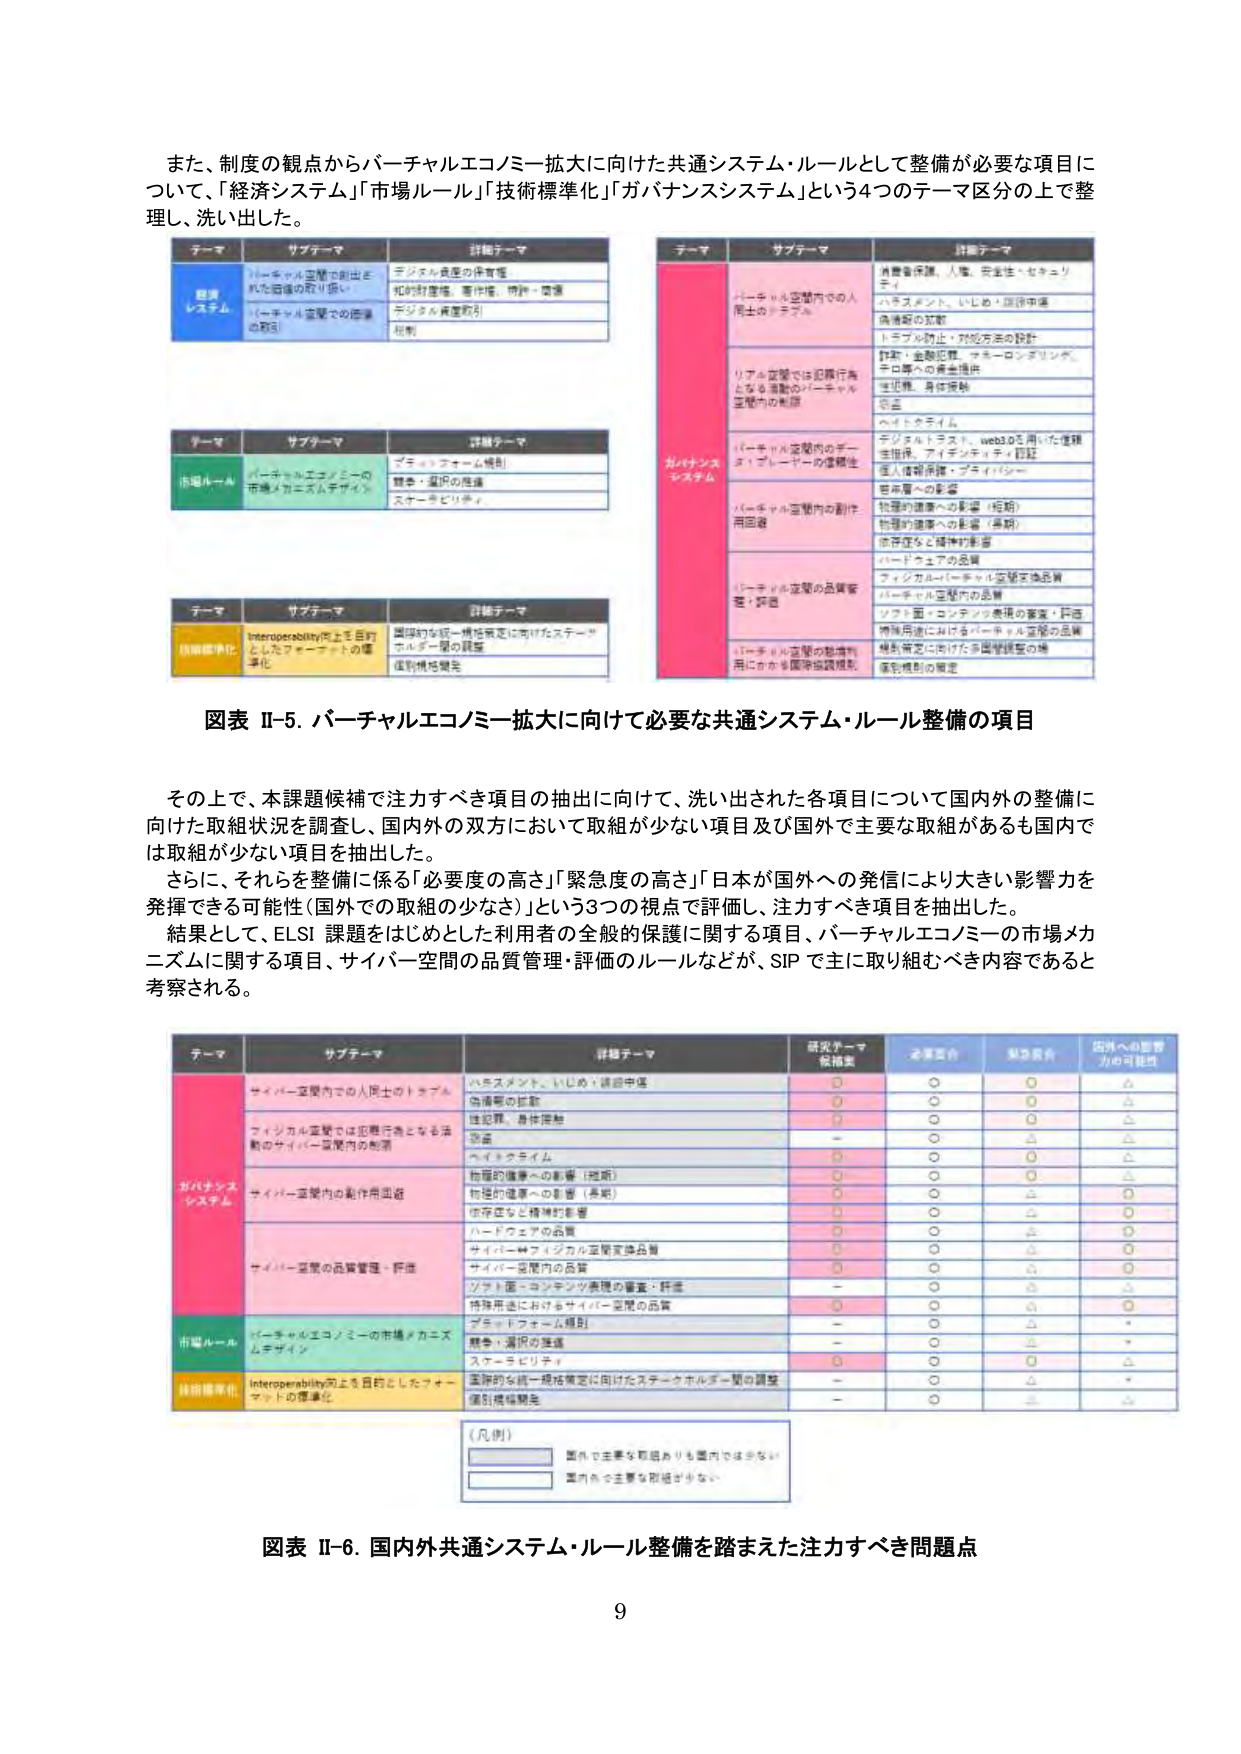
また、制度の観点からバーチャルエコノミー拡大に向けた共通システム・ルールとして整備が必要な項目について、「経済システム」「市場ルール」「技術標準化」「ガバナンスシステム」という4つのテーマ区分の上で整理し、洗い出した。

テーマ　サブテーマ　詳細テーマ
経済システム　バーチャル空間で創出された価値の取り扱い　デジタル資産の保有権
　　　　　　　　　　　　　　　　　　　　　　　　　　　　知的財産権、著作権、特許・商標
　　　　　　　　　　　　　　　　　　　　　　　　　　　　デジタル資産取引
　　　　　　　　　　　　　　　　　　　　　　　　　　　　規制
　　　　　　　　　　　　　　　　　　　　　　　　　　　　（バーチャル空間での商業の取引）

テーマ　サブテーマ　詳細テーマ
市場ルール　バーチャルエコノミーの市場メカニズムデザイン　ブロックチェーン規制
　　　　　　　　　　　　　　　　　　　　　　　　　　　　競争・選択の促進
　　　　　　　　　　　　　　　　　　　　　　　　　　　　ステークホルダ

テーマ　サブテーマ　詳細テーマ
技術標準化　Interoperability向上を目的としたフォーマットの標準化　国際的な統一規格策定に向けたステークホルダ間の調整
　　　　　　　　　　　　　　　　　　　　　　　　　　　　個別規格開発

テーマ　サブテーマ　詳細テーマ
ガバナンスシステム　バーチャル空間内での人同士のトラブル　情報保護、人権、安全性・セキュリティ
　　　　　　　　　　　　　　　　　　　　　　　　　　　　ハラスメント、いじめ・誹謗中傷
　　　　　　　　　　　　　　　　　　　　　　　　　　　　偽情報の拡散
　　　　　　　　　　　　　　　　　　　　　　　　　　　　トラブル防止・対応方法の設計
　　　　　　　　　　　　　　　　　　　　　　　　　　　　詐欺・金融犯罪、マネーロンダリング、テロ等への資金提供
　　　　　　　　　　　　　　　　　　　　　　　　　　　　性犯罪、身体接触
　　　　　　　　　　　　　　　　　　　　　　　　　　　　窃盗
　　　　　　　　　　　　　　　　　　　　　　　　　　　　ヘイトクライム
　　　　　　　　　　　　　　　　　　　　　　　　　　　　デジタルコラボ、web3.0で用いた仮想主体情報、アイデンティティ認証
　　　　　　　　　　　　　　　　　　　　　　　　　　　　個人情報保護・プライバシー
　　　　　　　　　　　　　　　　　　　　　　　　　　　　悪意への影響
　　　　　　　　　　　　　　　　　　　　　　　　　　　　物理的健康への影響（短期）
　　　　　　　　　　　　　　　　　　　　　　　　　　　　物理的健康への影響（長期）
　　　　　　　　　　　　　　　　　　　　　　　　　　　　依存症など精神的影響
　　　　　　　　　　　　　　　　　　　　　　　　　　　　ハードウェアの品質
　　　　　　　　　　　　　　　　　　　　　　　　　　　　フィジカル↔バーチャル空間変換品質
　　　　　　　　　　　　　　　　　　　　　　　　　　　　バーチャル空間内の品質
　　　　　　　　　　　　　　　　　　　　　　　　　　　　ソフト面・コンテンツ表現の審査・評価
　　　　　　　　　　　　　　　　　　　　　　　　　　　　特殊用途におけるバーチャル空間の品質
　　　　　　　　　　　　　　　　　　　　　　　　　　　　規制策定に向けた多国間調整の場
　　　　　　　　　　　　　　　　　　　　　　　　　　　　個別規制の策定

図表 II-5. バーチャルエコノミー拡大に向けて必要な共通システム・ルール整備の項目

その上で、本課題候補で注力すべき項目の抽出に向けて、洗い出された各項目について国内外の整備に向けた取組状況を調査し、国内外の双方において取組が少ない項目及び国外で主要な取組があるも国内では取組が少ない項目を抽出した。
さらに、それらを整備に係る「必要度の高さ」「緊急度の高さ」「日本が国外への発信により大きい影響力を発揮できる可能性（国外での取組の少なさ）」という3つの視点で評価し、注力すべき項目を抽出した。
結果として、ELSI 課題をはじめとした利用者の全般的保護に関する項目、バーチャルエコノミーの市場メカニズムに関する項目、サイバー空間の品質管理・評価のルールなどが、SIP で主に取り組むべき内容であると考察される。

テーマ　サブテーマ　詳細テーマ　研究テーマ候補案　必要度高い　緊急度高い　国外への影響力の可能性
ガバナンスシステム　サイバー空間内での人同士のトラブル　ハラスメント、いじめ・誹謗中傷　○　○　○　△
　　　　　　　　　　　　　　　　　　　　　　　　　　　　偽情報の拡散　○　○　○　△
　　　　　　　　　　　　　　　　　　　　　　　　　　　　性犯罪、身体接触　○　○　○　△
　　　　　　　　　　　　　　　　　　　　　　　　　　　　窃盗　－　○　△　△
　　　　　　　　　　　　　　　　　　　　　　　　　　　　ヘイトクライム　○　○　○　△
　　　　　　　　　　　　　　　　　　　　　　　　　　　　物理的健康への影響（短期）　○　○　○　△
　　　　　　　　　　　　　　　　　　　　　　　　　　　　物理的健康への影響（長期）　○　○　○　○
　　　　　　　　　　　　　　　　　　　　　　　　　　　　依存症など精神的影響　○　○　△　○
　　　　　　　　　　　　　　　　　　　　　　　　　　　　ハードウェアの品質　○　○　△　○
　　　　　　　　　　　　　　　　　　　　　　　　　　　　サイバー↔フィジカル空間変換品質　○　○　△　○
　　　　　　　　　　　　　　　　　　　　　　　　　　　　サイバー空間内の品質　○　○　△　○
　　　　　　　　　　　　　　　　　　　　　　　　　　　　ソフト面・コンテンツ表現の審査・評価　－　○　△　△
　　　　　　　　　　　　　　　　　　　　　　　　　　　　特殊用途におけるサイバー空間の品質　○　○　△　○
　　　　　　　　　　　　　　　　　　　　　　　　　　　　規制策定に向けた多国間調整の場　○　○　△　○
　　　　　　　　　　　　　　　　　　　　　　　　　　　　個別規制の策定　－　○　△　△
　　　　　　　　　　　　　　　　　　　　　　　　　　　　（凡例）　国外で主要な取組ありも国内では少ない　　国内での主要な取組が少ない
市場ルール　バーチャルエコノミーの市場メカニズムデザイン　ブロックチェーン規制　－　○　△　*
　　　　　　　　　　　　　　　　　　　　　　　　　　　　競争・選択の促進　－　○　△　*
　　　　　　　　　　　　　　　　　　　　　　　　　　　　ステークホルダ　○　○　○　△
技術標準化　Interoperability向上を目的としたフォーマットの標準化　国際的な統一規格策定に向けたステークホルダ間の調整　－　○　△　*
　　　　　　　　　　　　　　　　　　　　　　　　　　　　個別規格開発　－　○　△　△

図表 II-6. 国内外共通システム・ルール整備を踏まえた注力すべき問題点

9